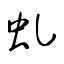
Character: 虬